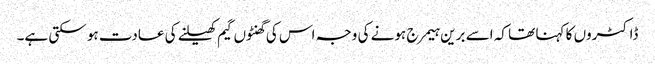
ڈاکٹروں کا کہنا تھا کہ اسے برین ہیمرج ہونے کی وجہ اس کی گھنٹوں گیم کھیلنے کی عادت ہو سکتی ہے۔